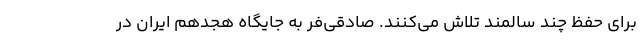
برای حفظ چند سالمند تلاش می‌کنند. صادقی‌فر به جایگاه هجدهم ایران در